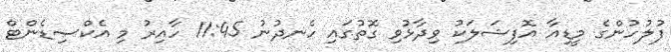
ފުލުހުންގެ މީޑިއާ އޮފިޝަލަކު ވިދާޅުވި ގޮތުގައި ހެނދުނު 11:45 ހާއިރު މި އެކްސިޑެންޓް